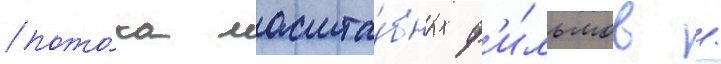
пото́ка масшта́бных ф'и́льмов /